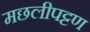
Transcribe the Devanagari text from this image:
मछलीपट्टण